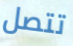
تتصل